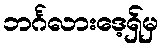
ဘင်္ဂလားဒေ့ရှ်မှ